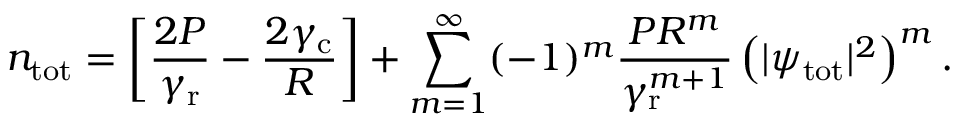
n _ { \mathrm { t o t } } = \left[ \frac { 2 P } { \gamma _ { \mathrm { r } } } - \frac { 2 \gamma _ { \mathrm { c } } } { R } \right] + \sum _ { m = 1 } ^ { \infty } ( - 1 ) ^ { m } \frac { P R ^ { m } } { \gamma _ { \mathrm { r } } ^ { m + 1 } } \left( | \psi _ { \mathrm { t o t } } | ^ { 2 } \right) ^ { m } .